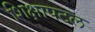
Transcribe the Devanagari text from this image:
शिक्षापटल